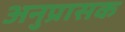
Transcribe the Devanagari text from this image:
अनुप्रासक